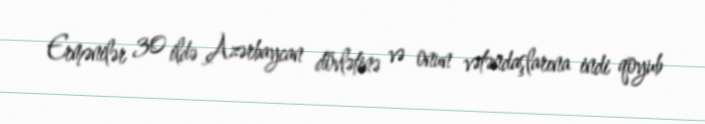
Ermənilər 30 ildə Azərbaycan dövlətinə və onun vətəndaşlarına indi qoyub